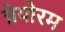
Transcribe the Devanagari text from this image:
ग्रेयोरम